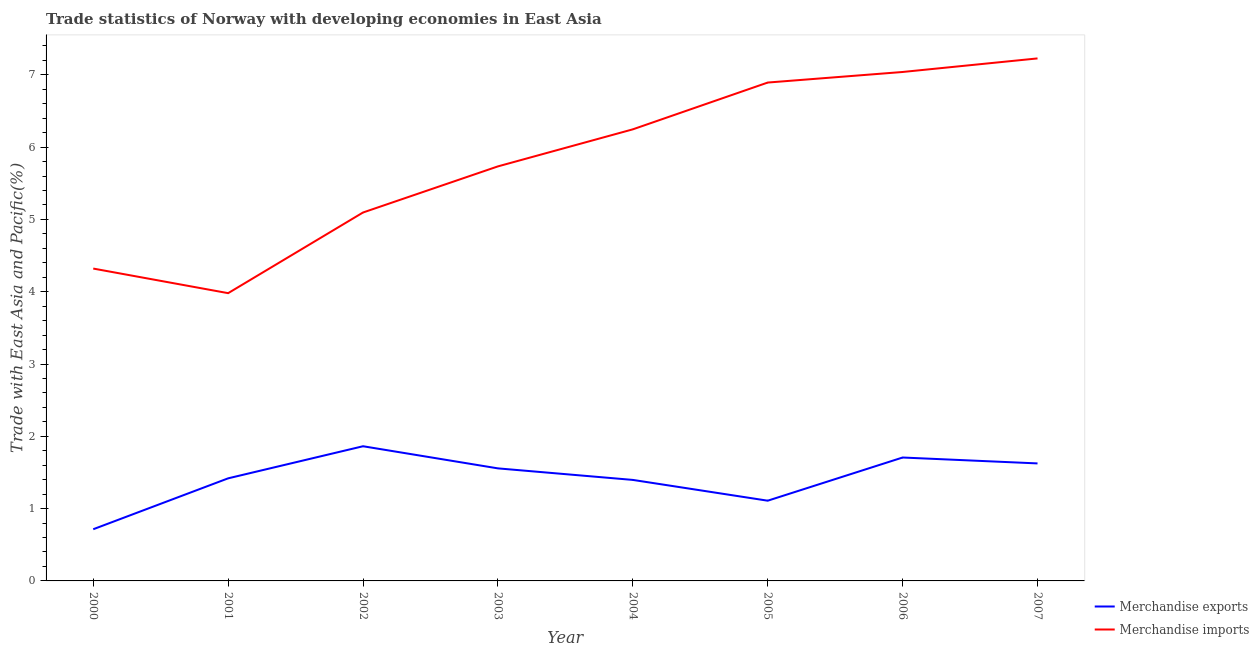
| Year | Merchandise exports | Merchandise imports |
 | --- | --- | --- |
 | 2000 | 0.715 | 4.32 |
 | 2001 | 1.42 | 3.98 |
 | 2002 | 1.86 | 5.1 |
 | 2003 | 1.56 | 5.73 |
 | 2004 | 1.4 | 6.25 |
 | 2005 | 1.11 | 6.89 |
 | 2006 | 1.71 | 7.04 |
 | 2007 | 1.63 | 7.23 |